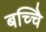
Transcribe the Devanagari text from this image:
बच्चेि